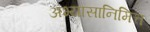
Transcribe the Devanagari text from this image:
अभ्यासानिमित्त